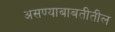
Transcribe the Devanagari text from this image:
असण्याबाबतीतील